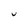
Character: U